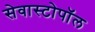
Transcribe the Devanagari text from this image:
सेवास्टोपॉल